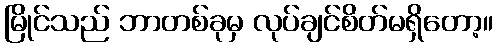
မြိုင်သည် ဘာတစ်ခုမှ လုပ်ချင်စိတ်မရှိတော့။